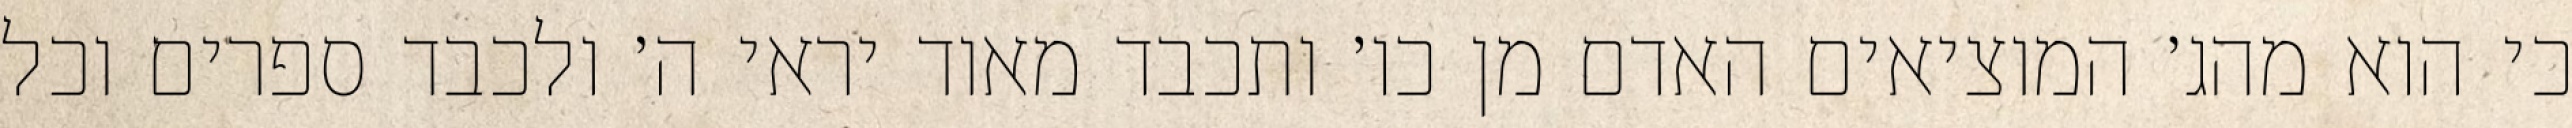
כי הוא מהג׳ המוציאים האדם מן כו׳ ותכבד מאוד יראי ה׳ ולכבד ספרים וכל